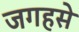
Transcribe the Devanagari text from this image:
जगहसे